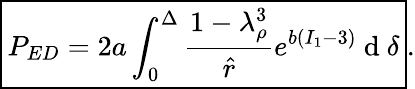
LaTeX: \begin{array}{r}{\boxed{P_{ED}=2a\int_{0}^{\Delta}\frac{1-\lambda_{\rho}^{3}}{\hat{r}}e^{b(I_{1}-3)}\mathrm{~d~}\delta}.}\end{array}